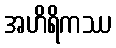
အဟိရိကဿ